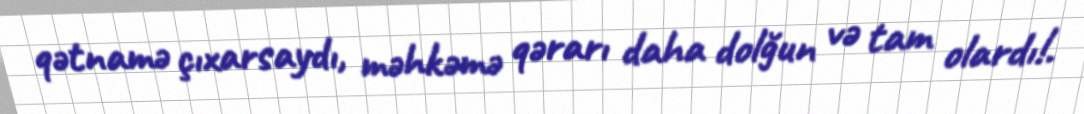
qətnamə çıxarsaydı, məhkəmə qərarı daha dolğun və tam olardı!.